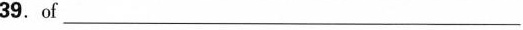
39.of ___